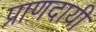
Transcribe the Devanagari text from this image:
प्राणदायी